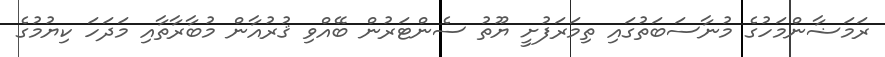
ރަމަޟާންމަހުގެ މުނާސަބަތުގައި ތިމަރަފުށީ ޔޫތު ސެންޓަރުން ބޭއްވި ޤުރުއާން މުބާރާތާއި މަދަހަ ކިޔުމުގެ